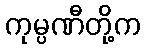
ကုမ္ပဏီတို့က